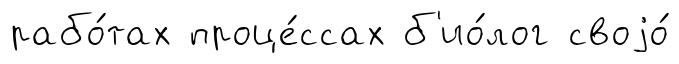
рабо́тах проце́ссах б'ио́лог своjо́